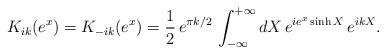
LaTeX: \begin{align*}K_{ik}(e^{x})=K_{-ik}(e^{x})=\frac{1}{2}\,e^{\pi k/2}\,\int_{-\infty}^{+\infty }dX\,e^{ie^{x}\sinh X}\,e^{ikX}. \end{align*}